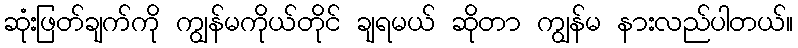
ဆုံးဖြတ်ချက်ကို ကျွန်မကိုယ်တိုင် ချရမယ် ဆိုတာ ကျွန်မ နားလည်ပါတယ်။